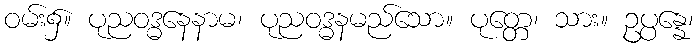
ဝမ်း၌။ ပုညဝဒ္ဓနေနာမ၊ ပုညဝဒ္ဓနမည်သော။ ပုတ္တေ၊ သား။ ဥပ္ပန္နေ၊